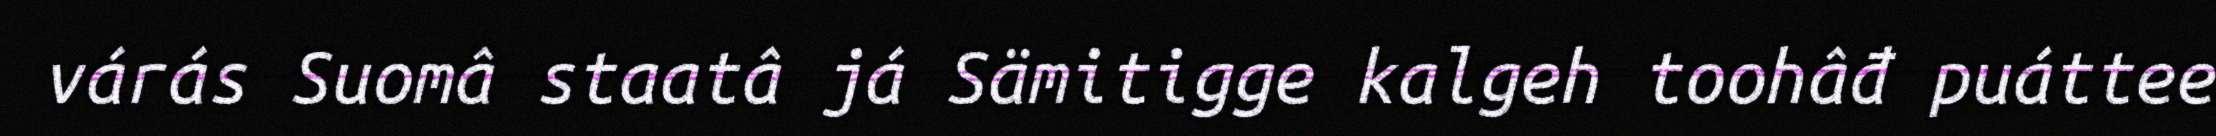
várás Suomâ staatâ já Sämitigge kalgeh toohâđ puáttee